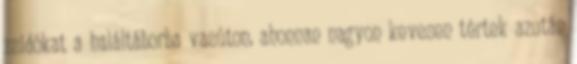
zsidókat a haláltáborba vasúton, ahonnan nagyon kevesen tértek azután